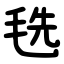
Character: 毨